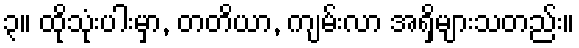
၃။ ထိုသုံးပါးမှာ, တတိယာ, ကျမ်းလာ အရှိများသတည်း။